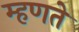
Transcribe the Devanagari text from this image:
म्‍हणते